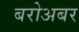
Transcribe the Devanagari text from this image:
बरोअबर